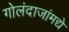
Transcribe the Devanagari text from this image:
गोलंदाजांमद्ये